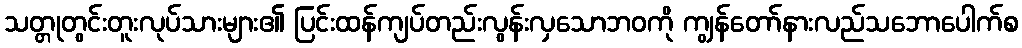
သတ္တုတွင်းတူးလုပ်သားများ၏ ပြင်းထန်ကျပ်တည်းလွန်းလှသောဘဝကို ကျွန်တော်နားလည်သဘောပေါက်စ